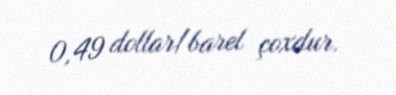
0,49 dollar/barel çoxdur.